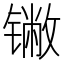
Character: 𬭯